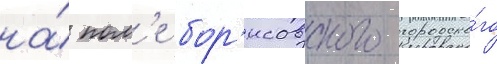
на́ пол'е бор'исовского городско́го